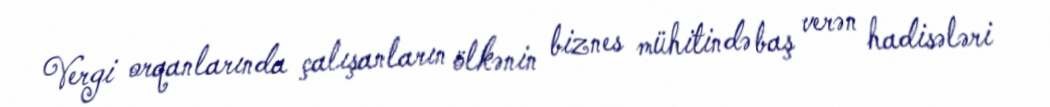
Vergi orqanlarında çalışanların ölkənin biznes mühitində baş verən hadisələri